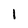
Character: 1